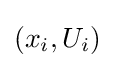
(x_{i},U_{i})